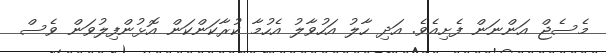
މެސެޖް އަންނަން ފެށިއެވެ. އަދި ހާލު އަހުވާލު އެހުމާ ކުރާކަންކަން އޮޅުންފިލުވަން ވެސް